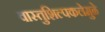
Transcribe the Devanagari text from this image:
वास्तुशिल्पकलेमुळे